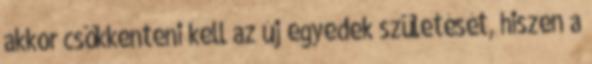
akkor csökkenteni kell az új egyedek születését, hiszen a